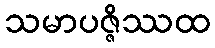
သမာပဇ္ဇိဿထ